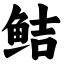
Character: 鲒